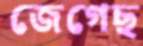
জেগেছ